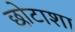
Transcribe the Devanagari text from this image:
छोटाशा